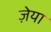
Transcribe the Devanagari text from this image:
ज़ेया